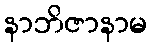
နာဘိဇာနာမ